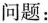
问题：